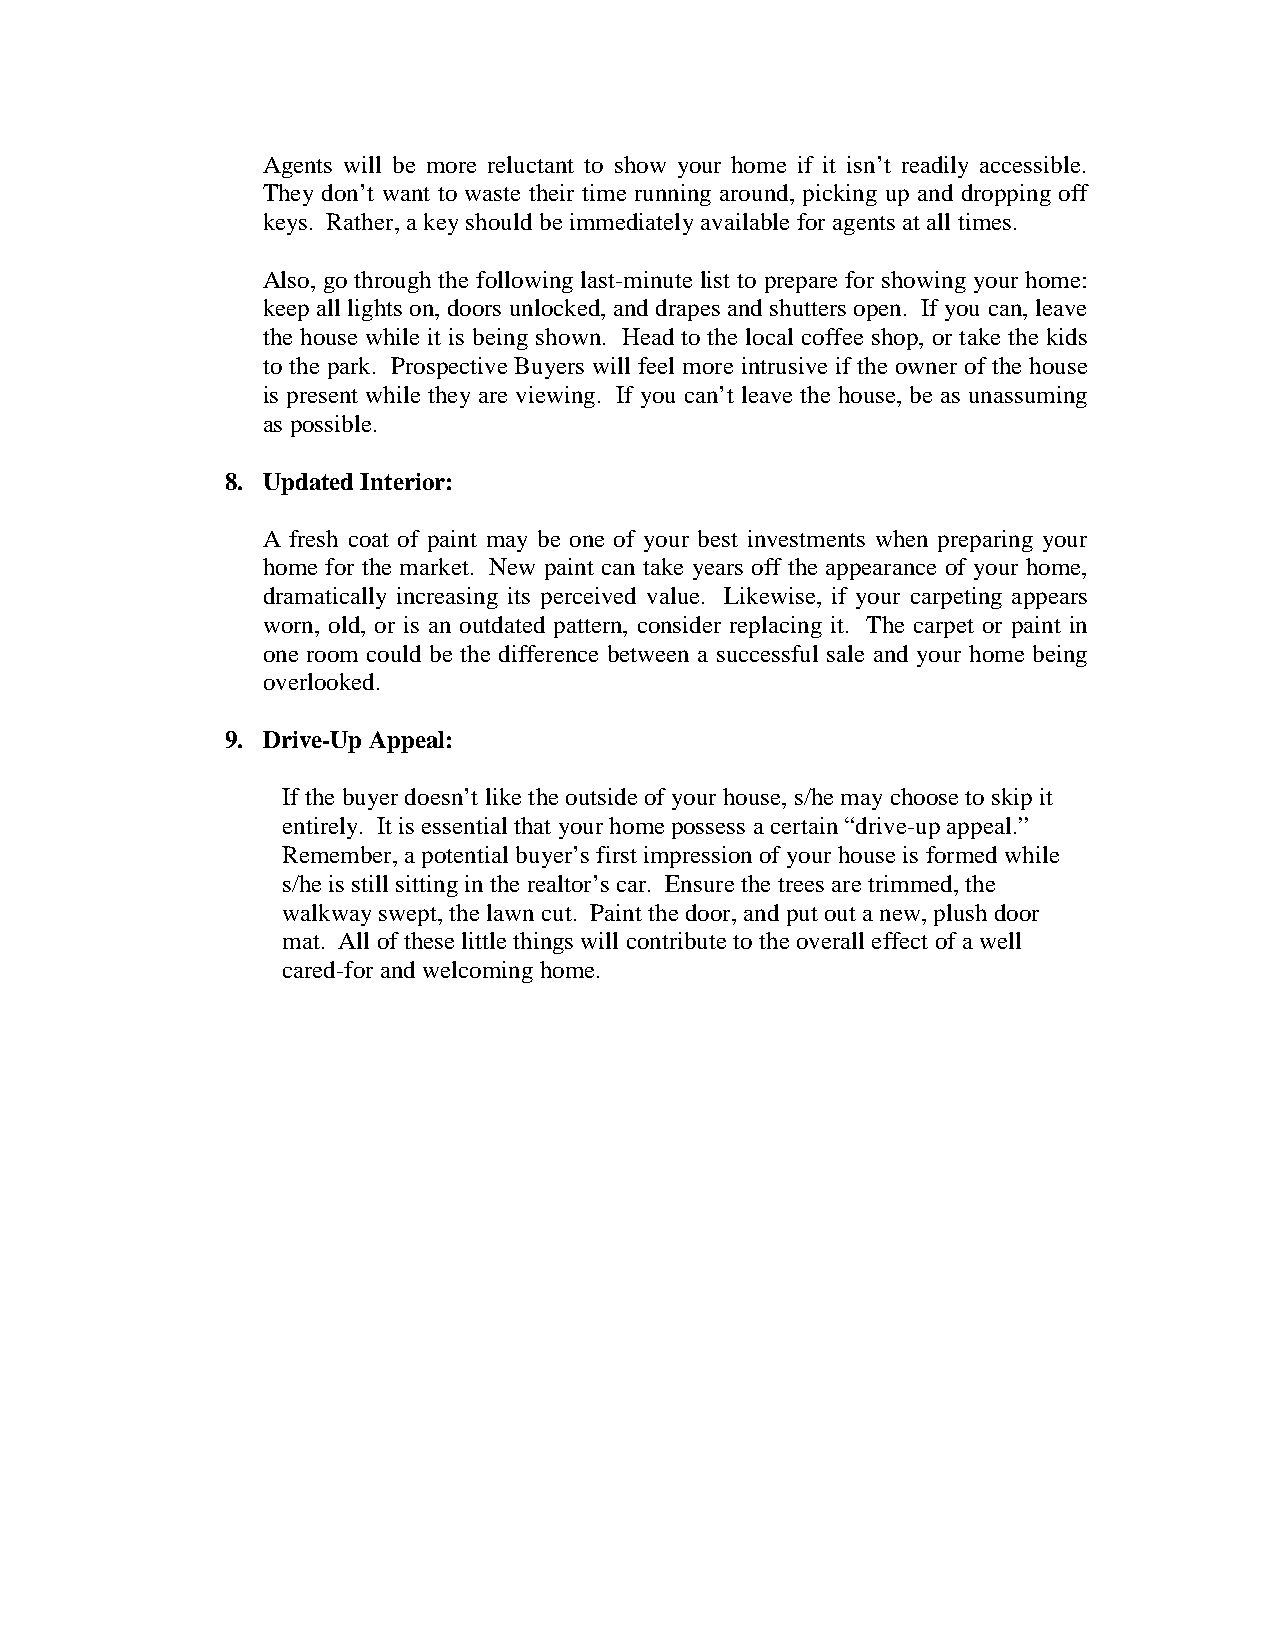
Agents will be more reluctant to show your home if it isn’t readily accessible.
 They don’t want to waste their time running around, picking up and dropping off
 keys. Rather, a key should be immediately available for agents at all times.
 Also, go through the following last-minute list to prepare for showing your home:
 keep all lights on, doors unlocked, and drapes and shutters open. If you can, leave
 the house while it is being shown. Head to the local coffee shop, or take the kids
 to the park. Prospective Buyers will feel more intrusive if the owner of the house
 is present while they are viewing. If you can’t leave the house, be as unassuming
 as possible.
 8. Updated Interior:
 A fresh coat of paint may be one of your best investments when preparing your
 home for the market. New paint can take years off the appearance of your home,
 dramatically increasing its perceived value. Likewise, if your carpeting appears
 worn, old, or is an outdated pattern, consider replacing it. The carpet or paint in
 one room could be the difference between a successful sale and your home being
 overlooked.
 9. Drive-Up Appeal:
 If the buyer doesn’t like the outside of your house, s/he may choose to skip it
 entirely. It is essential that your home possess a certain “drive-up appeal.”
 Remember, a potential buyer’s first impression of your house is formed while
 s/he is still sitting in the realtor’s car. Ensure the trees are trimmed, the
 walkway swept, the lawn cut. Paint the door, and put out a new, plush door
 mat. All of these little things will contribute to the overall effect of a well
 cared-for and welcoming home.